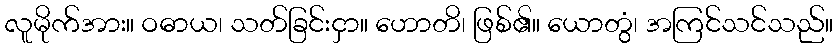
လူမိုက်အား။ ဝဓာယ၊ သတ်ခြင်းငှာ။ ဟောတိ၊ ဖြစ်၏။ ယောတွံ၊ အကြင်သင်သည်။